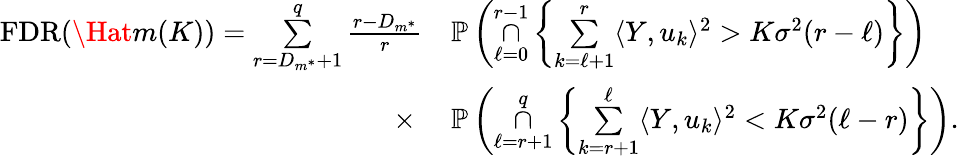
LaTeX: \begin{array}{rl}{\mathrm{FDR}(\Hat{m}(K))=\underset{r=D_{m^{*}}+1}{\overset{q}{\sum}}\frac{r-D_{m^{*}}}{r}}&{\mathbb{P}\left(\underset{\ell=0}{\overset{r-1}{\cap}}\left\{ \underset{k=\ell+1}{\overset{r}{\sum}}\langle Y,u_{k}\rangle^{2}>K\sigma^{2}(r-\ell)\right\} \right)}\\ {\times\ }&{\mathbb{P}\left(\underset{\ell=r+1}{\overset{q}{\cap}}\left\{ \underset{k=r+1}{\overset{\ell}{\sum}}\langle Y,u_{k}\rangle^{2}<K\sigma^{2}(\ell-r)\right\} \right).}\end{array}